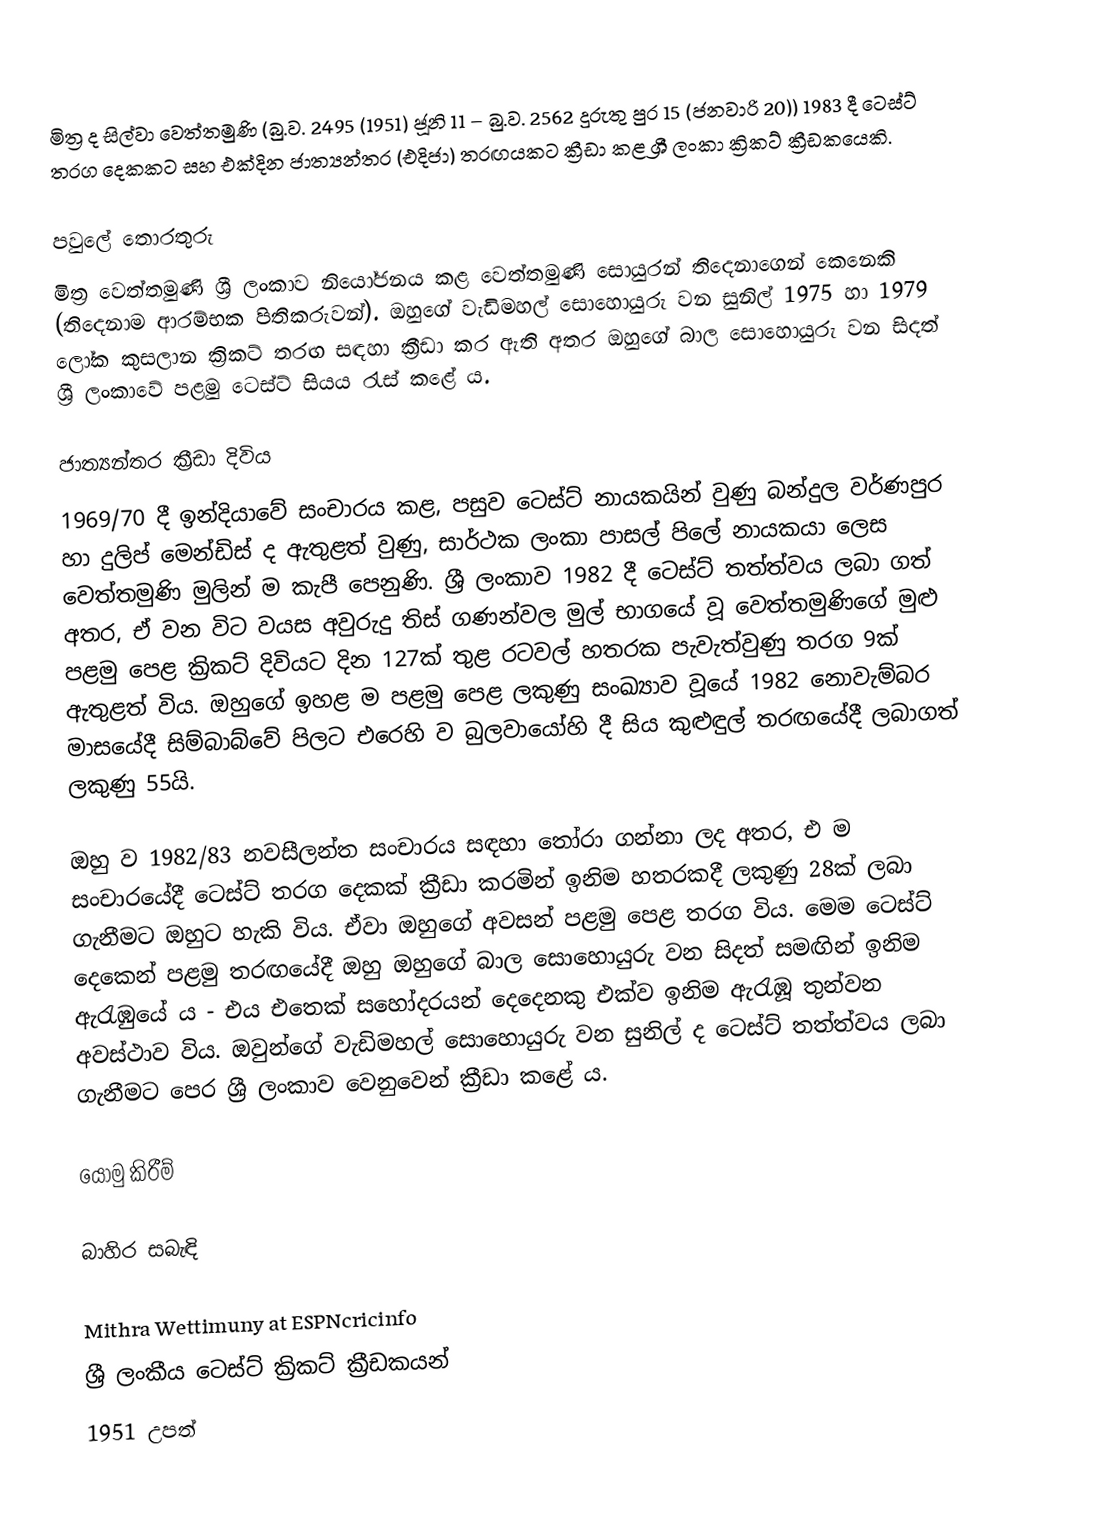
මිත්‍ර ද සිල්වා වෙත්තමුණි (බු.ව. 2495 (1951) ජූනි 11 – බු.ව. 2562 දුරුතු පුර 15 (ජනවාරි 20)) 1983 දී ටෙස්ට් තරග දෙකකට සහ එක්දින ජාත්‍යන්තර (එදිජා) තරඟයකට ක්‍රීඩා කළ ශ්‍රී ලංකා ක්‍රිකට් ක්‍රීඩකයෙකි.

පවුලේ තොරතුරු
මිත්‍ර වෙත්තමුණි ශ්‍රී ලංකාව නියෝජනය කළ වෙත්තමුණි සොයුරන් තිදෙනාගෙන් කෙනෙකි (තිදෙනාම ආරම්භක පිතිකරුවන්). ඔහුගේ වැඩිමහල් සොහොයුරු වන සුනිල් 1975 හා 1979 ලෝක කුසලාන ක්‍රිකට් තරඟ සඳහා ක්‍රීඩා කර ඇති අතර ඔහුගේ බාල සොහොයුරු වන සිදත් ශ්‍රී ලංකාවේ පළමු ටෙස්ට්  සියය රැස් කළේ ය.

ජාත්‍යන්තර ක්‍රීඩා දිවිය
1969/70 දී ඉන්දියාවේ සංචාරය කළ, පසුව ටෙස්ට් නායකයින් වුණු බන්දුල වර්ණපුර හා දුලිප් මෙන්ඩිස් ද ඇතුළත් වුණු, සාර්ථක ලංකා පාසල් පිලේ නායකයා ලෙස වෙත්තමුණි මුලින් ම කැපී පෙනුණි. ශ්‍රී ලංකාව 1982 දී ටෙස්ට් තත්ත්වය ලබා ගත් අතර, ඒ වන විට වයස අවුරුදු තිස් ගණන්වල මුල් භාගයේ වූ වෙත්තමුණිගේ මුළු පළමු පෙළ ක්‍රිකට් දිවියට දින 127ක් තුළ රටවල් හතරක පැවැත්වුණු තරග 9ක් ඇතුළත් විය. ඔහුගේ ඉහළ ම පළමු පෙළ ලකුණු සංඛ්‍යාව වූයේ 1982 නොවැම්බර මාසයේදී සිම්බාබ්වේ පිලට එරෙහි ව බුලවායෝහි දී සිය කුළුඳුල් තරඟයේදී ලබාගත් ලකුණු 55යි.

ඔහු ව 1982/83 නවසීලන්ත සංචාරය සඳහා තෝරා ගන්නා ලද අතර, එ ම සංචාරයේදී ටෙස්ට් තරග දෙකක් ක්‍රීඩා  කරමින් ඉනිම හතරකදී ලකුණු 28ක් ලබා ගැනීමට ඔහුට හැකි විය. ඒවා ඔහුගේ අවසන් පළමු පෙළ තරග විය. මෙම ටෙස්ට්  දෙකෙන් පළමු තරඟයේදී ඔහු ඔහුගේ බාල සොහොයුරු වන සිදත් සමඟින් ඉනිම ඇරැඹුයේ ය - එය එතෙක් සහෝදරයන් දෙදෙනකු එක්ව ඉනිම ඇරැඹූ තුන්වන අවස්ථාව විය. ඔවුන්ගේ වැඩිමහල් සොහොයුරු වන සුනිල් ද ටෙස්ට් තත්ත්වය ලබා ගැනීමට පෙර ශ්‍රී ලංකාව වෙනුවෙන් ක්‍රීඩා කළේ ය.

යොමු කිරීම්

බාහිර සබැඳි

 Mithra Wettimuny at ESPNcricinfo
ශ්‍රී ලංකීය ටෙස්ට් ක්‍රිකට් ක්‍රීඩකයන්
1951 උපත්